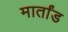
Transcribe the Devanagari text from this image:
मार्तांड